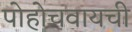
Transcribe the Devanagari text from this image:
पोहोचवायची